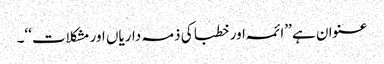
عنوان ہے ’’ائمہ اور خطبا کی ذمہ داریاں اور مشکلات‘‘۔